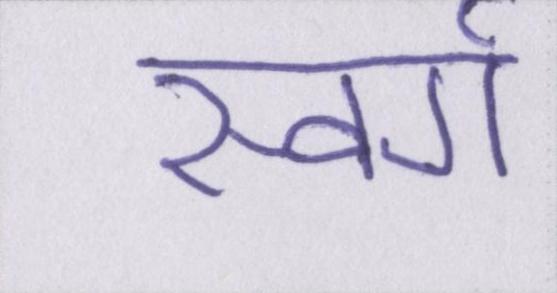
स्वर्ग